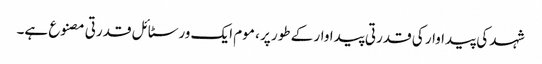
شہد کی پیداوار کی قدرتی پیداوار کے طور پر ، موم ایک ورسٹائل قدرتی مصنوع ہے۔